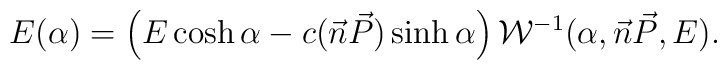
E(\alpha) = \left(E\cosh\alpha - c(\vec{n}\vec{P})\sinh\alpha\right) {\cal{W}}^{-1}(\alpha, \vec{n}\vec{P},E ) .